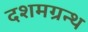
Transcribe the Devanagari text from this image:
दशमग्रन्थ